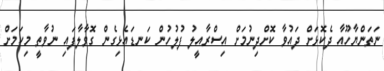
ނަތަންޔާހޫއާ ދެކޮޅަށް ދައުވާ ކޮށްދިނުމަށް އިސްރާއީލު ފުލުހުން ކަނޑައެޅިގެން ގޮވާލާފައި ނުވާތީ މިކަމަށް